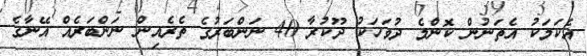
އެކަމަކު އެތަނުން ކޮންމެ ދުވަހަކު ދޫކުރާ 40 ނަންބަރުގެ ތެރެއިން ނަންބަރެއް އޭނާގެ